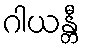
ဂါယန္တီ